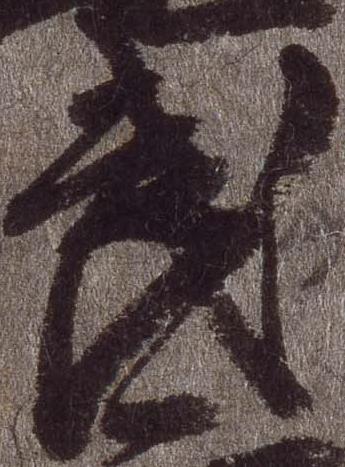
武